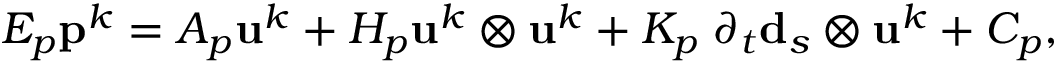
E _ { p } \mathbf { p } ^ { k } = A _ { p } \mathbf { u } ^ { k } + H _ { p } \mathbf { u } ^ { k } \otimes \mathbf { u } ^ { k } + K _ { p } \; \partial _ { t } \mathbf { d } _ { s } \otimes \mathbf { u } ^ { k } + C _ { p } ,